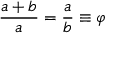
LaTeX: { \frac { a + b } { a } } = { \frac { a } { b } } \equiv \varphi